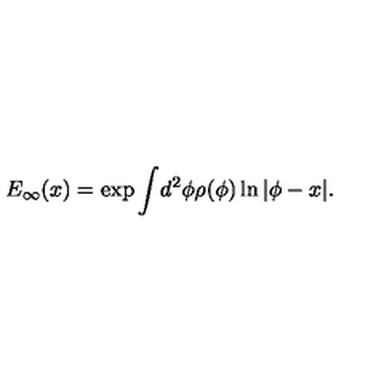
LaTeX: E _ { \infty } ( x ) = \exp \int \! d ^ { 2 } \phi \rho ( \phi ) \ln | \phi - x | .